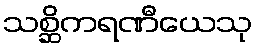
သစ္ဆိကရဏီယေသု